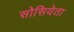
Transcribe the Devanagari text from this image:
सोसियेता